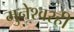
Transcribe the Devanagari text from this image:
मुनेश्वरही